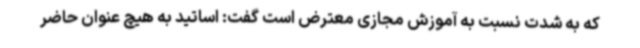
که به شدت نسبت به آموزش مجازی معترض است گفت: اساتید به هیچ عنوان حاضر